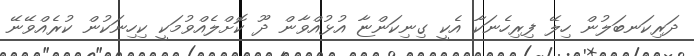
ދަރިކަނބަލުން ހިލޭ ފިރިހެނަކާ އެކީ ގިނިކަންޏާ އުޅުއްވާން ދޫ ކޮށްލެއްވުމަކީ ކިހިނަކުން ކުރެއްވޭނޭ